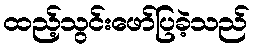
ထည့်သွင်းဖော်ပြခဲ့သည်